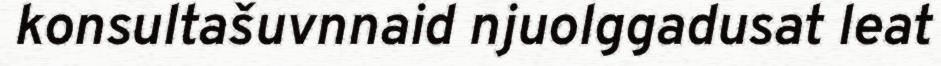
konsultašuvnnaid njuolggadusat leat